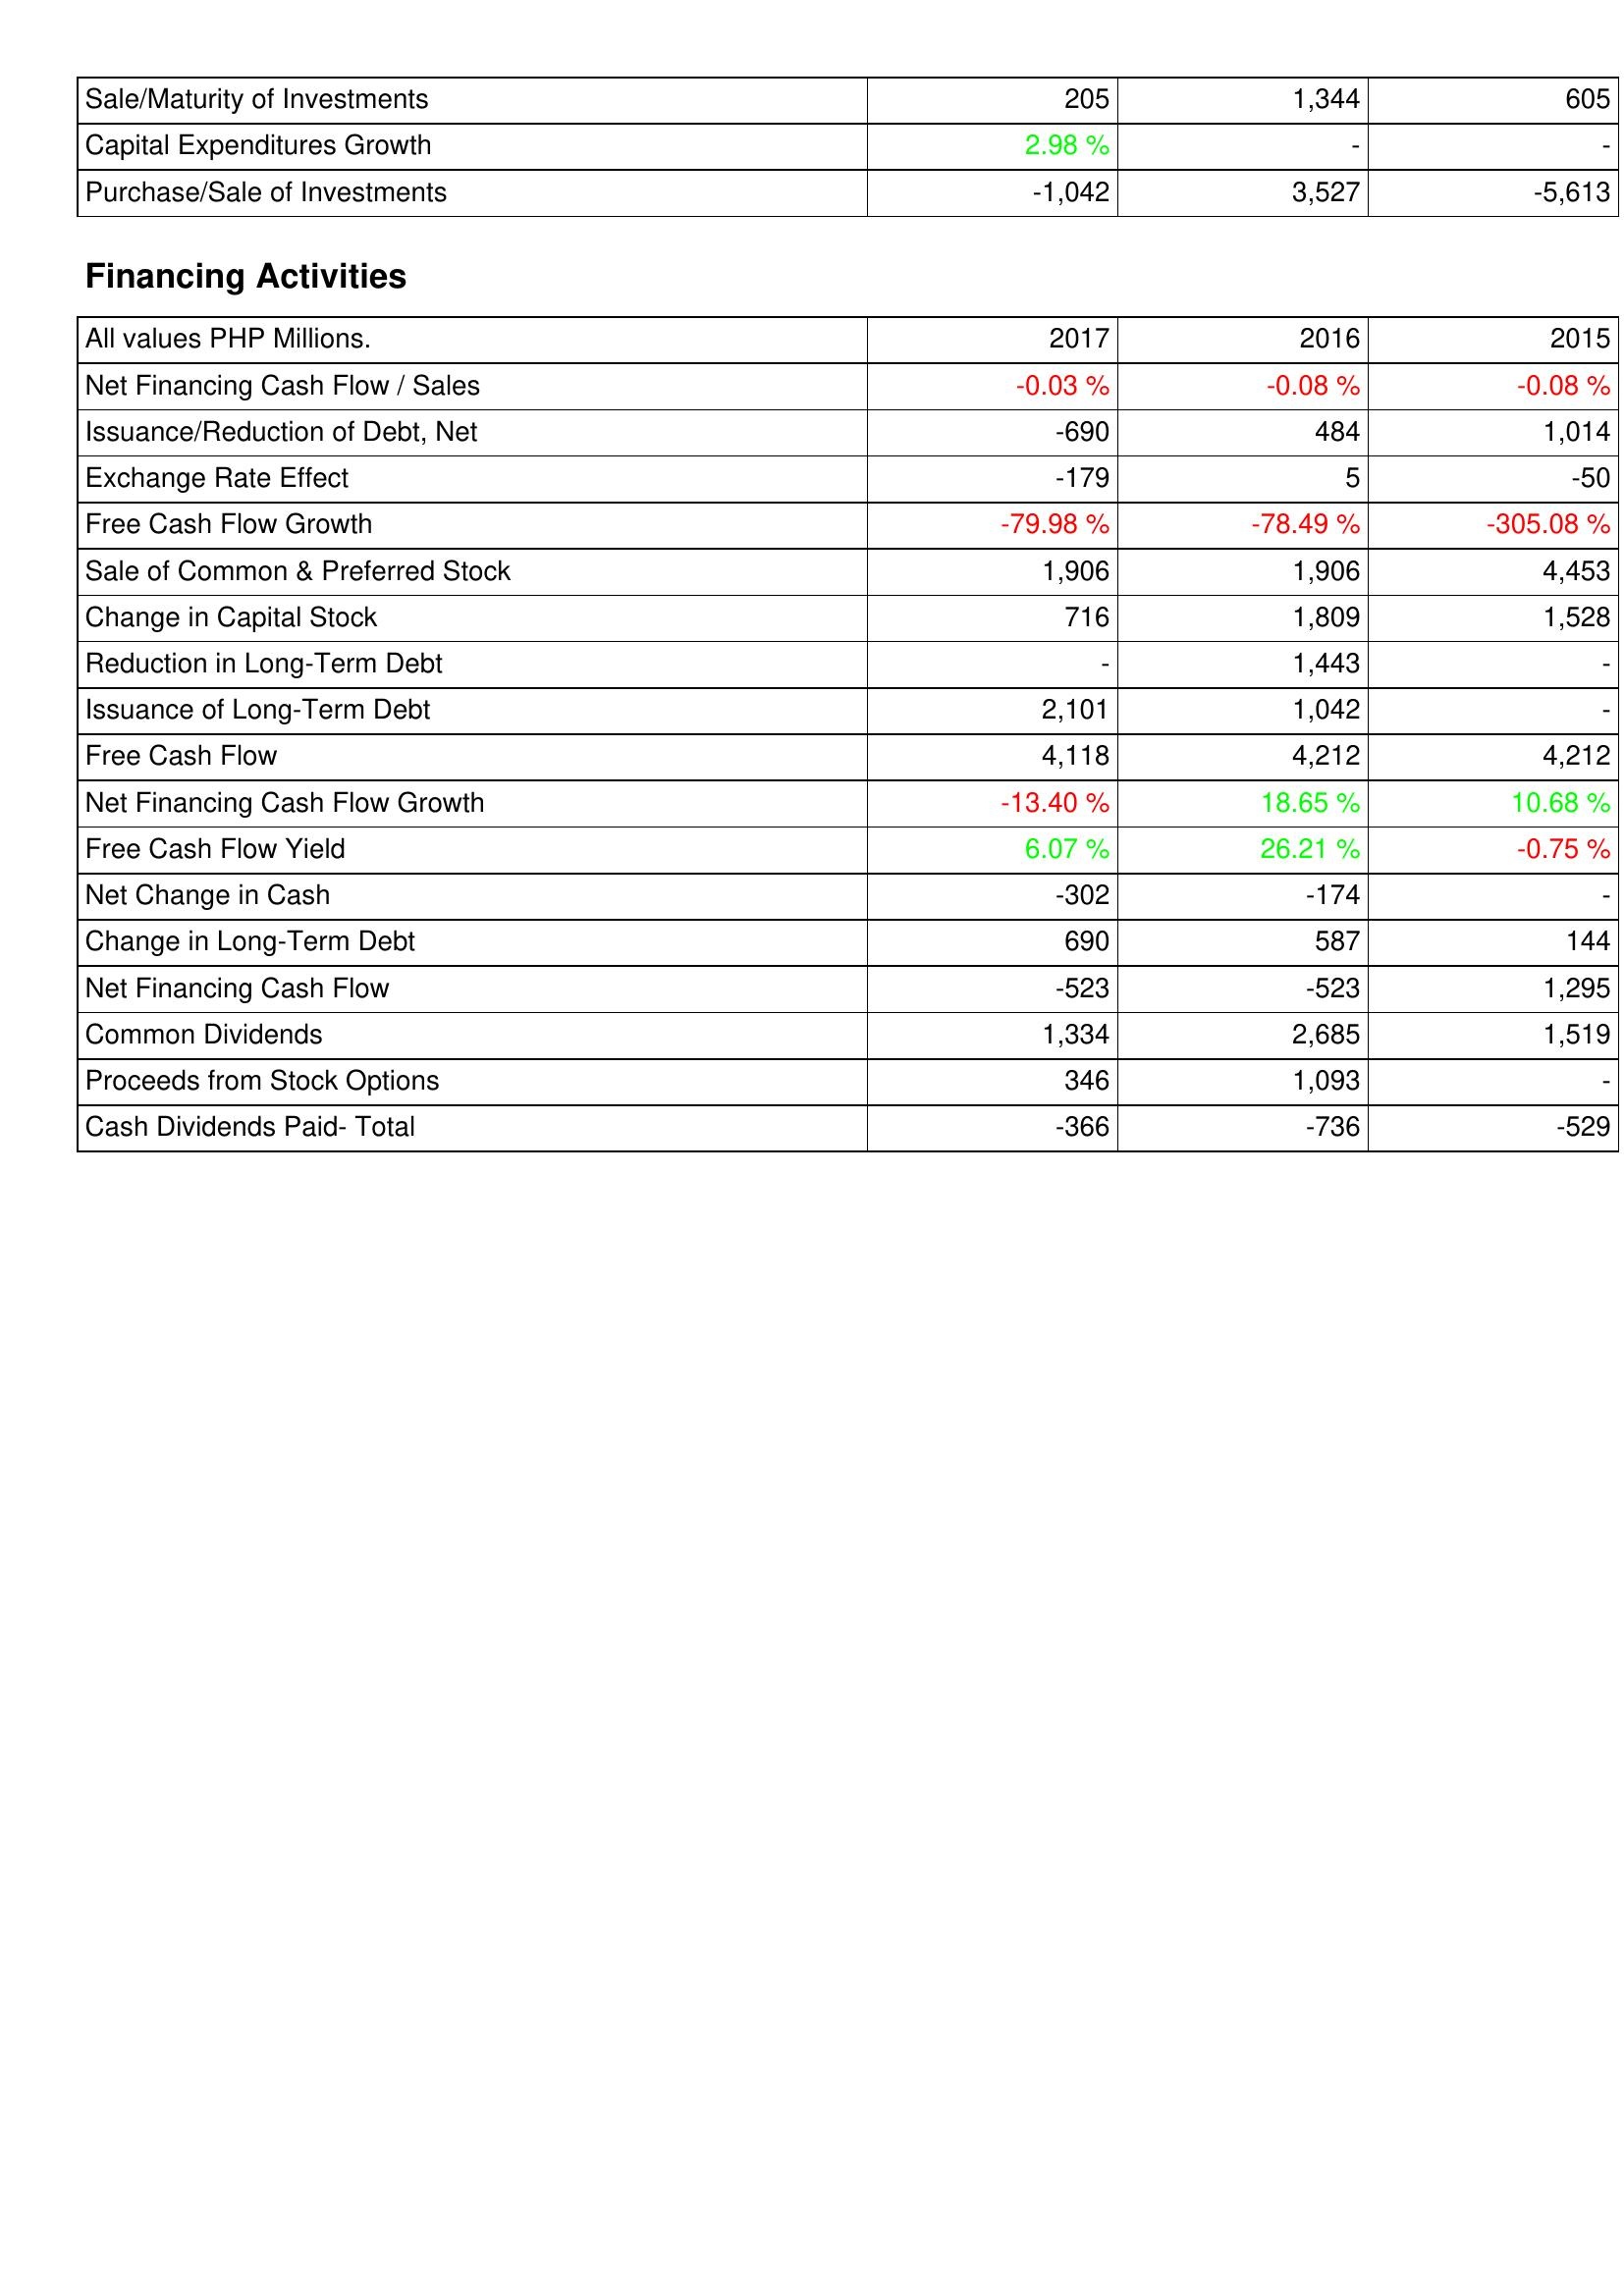
2017: Investing Activities: Sale/Maturity of Investments: 205
Capital Expenditures Growth: 2.98 %
Purchase/Sale of Investments: -1,042
Financing Activities: Net Financing Cash Flow / Sales: -0.03 %
Issuance/Reduction of Debt, Net: -690
Exchange Rate Effect: -179
Free Cash Flow Growth: -79.98 %
Sale of Common & Preferred Stock: 1,906
Change in Capital Stock: 716
Reduction in Long-Term Debt: -
Issuance of Long-Term Debt: 2,101
Free Cash Flow: 4,118
Net Financing Cash Flow Growth: -13.40 %
Free Cash Flow Yield: 6.07 %
Net Change in Cash: -302
Change in Long-Term Debt: 690
Net Financing Cash Flow: -523
Common Dividends: 1,334
Proceeds from Stock Options: 346
Cash Dividends Paid- Total: -366
2016: Investing Activities: Sale/Maturity of Investments: 1,344
Capital Expenditures Growth: -
Purchase/Sale of Investments: 3,527
Financing Activities: Net Financing Cash Flow / Sales: -0.08 %
Issuance/Reduction of Debt, Net: 484
Exchange Rate Effect: 5
Free Cash Flow Growth: -78.49 %
Sale of Common & Preferred Stock: 1,906
Change in Capital Stock: 1,809
Reduction in Long-Term Debt: 1,443
Issuance of Long-Term Debt: 1,042
Free Cash Flow: 4,212
Net Financing Cash Flow Growth: 18.65 %
Free Cash Flow Yield: 26.21 %
Net Change in Cash: -174
Change in Long-Term Debt: 587
Net Financing Cash Flow: -523
Common Dividends: 2,685
Proceeds from Stock Options: 1,093
Cash Dividends Paid- Total: -736
2015: Investing Activities: Sale/Maturity of Investments: 605
Capital Expenditures Growth: -
Purchase/Sale of Investments: -5,613
Financing Activities: Net Financing Cash Flow / Sales: -0.08 %
Issuance/Reduction of Debt, Net: 1,014
Exchange Rate Effect: -50
Free Cash Flow Growth: -305.08 %
Sale of Common & Preferred Stock: 4,453
Change in Capital Stock: 1,528
Reduction in Long-Term Debt: -
Issuance of Long-Term Debt: -
Free Cash Flow: 4,212
Net Financing Cash Flow Growth: 10.68 %
Free Cash Flow Yield: -0.75 %
Net Change in Cash: -
Change in Long-Term Debt: 144
Net Financing Cash Flow: 1,295
Common Dividends: 1,519
Proceeds from Stock Options: -
Cash Dividends Paid- Total: -529